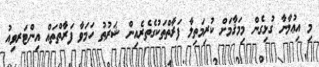
މި އިޢުލާނާ ގުޅިގެން މިމަޤާމަށް ކުރިމަތިލާ ފަރާތްތަކުގެތެރެއިން ޝަރުޠު ހަމަވާ ފަރާތްތައް އިންޓަރވިއު